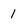
Character: 1